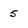
Character: 5